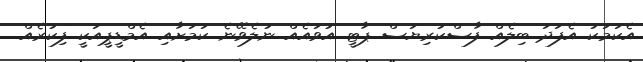
އެކަމަކު އެފަދަ ބިލެއް ފާސްކުރިޔަސް ޕާޓީ އުވައެއް ނުލެވޭނެ ކަމަށާއި އެމްޑީޕީއަކީ ފިކުރެއް